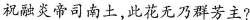
祝融炎帝司南土，此花无乃群芳主?